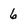
Character: 6